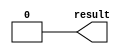
module lpm_constant (
    result // Value specified by the argument to LPM_CVALUE. (Required)
);

// GLOBAL PARAMETER DECLARATION
    parameter lpm_width = 1;    // Width of the result[] port. (Required)
    parameter lpm_cvalue = 0;   // Constant value to be driven out on the
                                // result[] port. (Required)
    parameter lpm_strength = "UNUSED";
    parameter lpm_type = "lpm_constant";
    parameter lpm_hint = "UNUSED";

// OUTPUT PORT DECLARATION
    output [lpm_width-1:0] result;

// INTERNAL REGISTERS DECLARATION
    reg[32:0] int_value;

// INITIAL CONSTRUCT BLOCK
    initial
    begin
        if (lpm_width <= 0)
        begin
            $display("Value of lpm_width parameter must be greater than 0(ERROR)");
            $display("Time: %0t  Instance: %m", $time);
            $finish;
        end
        int_value = lpm_cvalue;
    end

// CONTINOUS ASSIGNMENT
    assign result = int_value[lpm_width-1:0];

endmodule